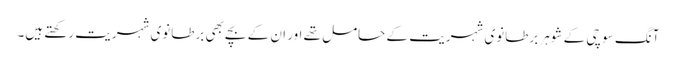
آنگ سو چی کے شوہر برطانوی شہریت کے حامل تھے اور ان کے بچے بھی برطانوی شہریت رکھتے ہیں۔